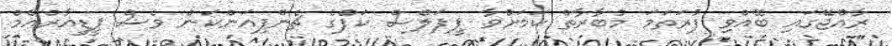
ރާއްޖޭގައި ބޭއްވި ފުރަތަމަ މުބާރާތް ކަމަށްވާ ޕީޕަލްސް ކަޕްގެ ޗެންޕިއަންކަން ވެސް ޕީޑީއާރްއެމް